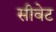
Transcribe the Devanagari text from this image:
सीवेट